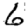
Digit: 6